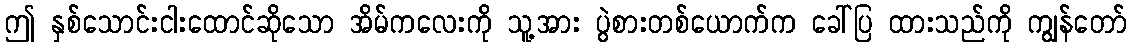
ဤ နှစ်သောင်းငါးထောင်ဆိုသော အိမ်ကလေးကို သူ့အား ပွဲစားတစ်ယောက်က ခေါ်ပြ ထားသည်ကို ကျွန်တော်